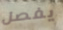
يفصل